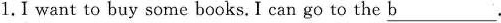
1.I want to buy some books.I can go to the \underline{b}.